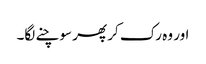
اور وہ رک کر پھر سوچنے لگا۔